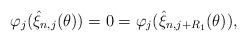
LaTeX: \begin{align*}\varphi_j(\hat{\xi}_{n,j}(\theta))=0 = \varphi_j(\hat{\xi}_{n,j+R_1}(\theta)),\end{align*}